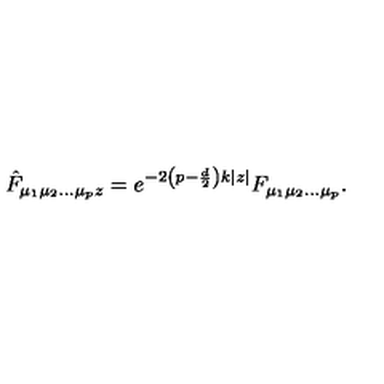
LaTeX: \hat { F } _ { \mu _ { 1 } \mu _ { 2 } \ldots \mu _ { p } z } = e ^ { - 2 \left( p - \frac { d } { 2 } \right) k | z | } F _ { \mu _ { 1 } \mu _ { 2 } \ldots \mu _ { p } } .